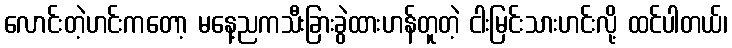
လောင်းတဲ့ဟင်းကတော့ မနေ့ညကသီးခြားခွဲထားဟန်တူတဲ့ ငါးမြင်းသားဟင်းလို့ ထင်ပါတယ်၊